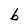
Character: b